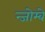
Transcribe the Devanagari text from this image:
न्जोम्बे